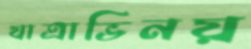
যাত্রাভিনয়